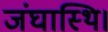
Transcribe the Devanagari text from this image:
जंघास्थि।